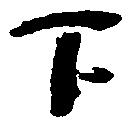
下